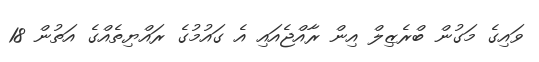
ވައިގެ މަގުން ބްރެޒިލް އިން ރާއްޖެއައި އެ ގައުމުގެ ރައްޔިތެއްގެ އަތުން 18